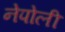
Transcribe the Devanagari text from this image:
नेपोली